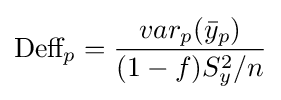
{\text{Deff}}_{p}={\frac {var_{p}({\bar {y}}_{p})}{(1-f)S_{y}^{2}/n}}